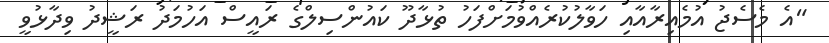
"އެ މެސެޖު އުމެއިރާއާއި ހަވާލުކުރެއްވުމަށްފަހު ތުޅާދޫ ކައުންސިލްގެ ރައީސް އަހުމަދު ރަޝީދު ވިދާޅުވީ